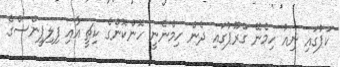
ކަޕުގައި ނިއު ހިމެނޭ ގްރޫޕުގައި ދެން ހިމެނެނީ ހޮންކޮންގެ ކިޗީ އާއި ފިލިޕީންސްގެ